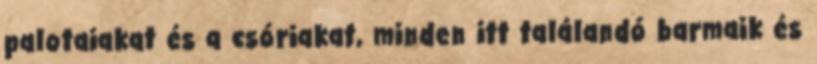
palotaiakat és a csóriakat, minden itt találandó barmaik és